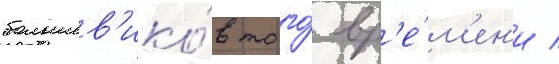
большев'ико́в того́ вр'е́м'ен'и /